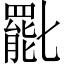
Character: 𠤩